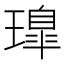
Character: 𤩢